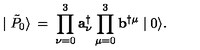
\mid \tilde { P } _ { 0 } \rangle \: = \: \prod _ { \nu = 0 } ^ { 3 } { \mathbf a } _ { \nu } ^ { \dagger } \prod _ { \mu = 0 } ^ { 3 } { \mathbf b } ^ { \dagger \mu } \mid 0 \rangle .